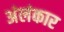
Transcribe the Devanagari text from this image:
अंलंकार